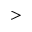
>